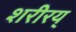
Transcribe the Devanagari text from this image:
शरीरय्